Lunatic asylums Central Provinces reports 1895-1909 - 1895-1909
Year: 1895
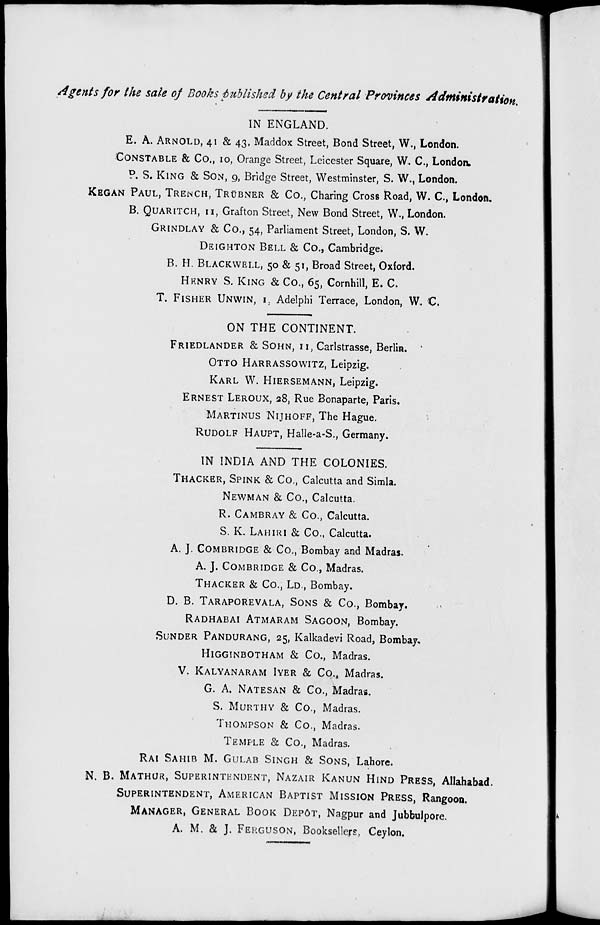
Agents for the sale of Books published by the Central Provinces Administration.
IN ENGLAND.
E. A. ARNOLD, 41 & 43, Maddox Street, Bond Street, W., London.
CONSTABLE & Co., 10, Orange Street, Leicester Square, W. C, London.
P. S. KING & SON, 9, Bridge Street, Westminster, S. W., London.
KEGAN PAUL, TRENCH, TRÜBNER & Co., Charing Cross Road, W. C, London.
B. QUARITCH, 11, Grafton Street, New Bond Street, W., London.
GRINDLAY & Co., 54, Parliament Street, London, S. W.
DEIGHTON BELL & Co., Cambridge.
B. H. BLACKWELL, 50 & 51, Broad Street, Oxford.
HENRY S. KING & Co., 65, Cornhill, E. C.
T. FISHER UNWIN, I. Adelphi Terrace, London, W. C.
ON THE CONTINENT.
FRIEDLANDER & SOHN, 11, Carlstrasse, Berlin.
OTTO HARRASSOWITZ, Leipzig.
KARL W. HIERSEMANN, Leipzig.
ERNEST LEROUX, 28, Rue Bonaparte, Paris.
MARTINUS NIJHOFF, The Hague.
RUDOLF HAUPT, Halle-a-S., Germany.
IN INDIA AND THE COLONIES.
THACKER, SPINK & Co., Calcutta and Simla.
NEWMAN & Co., Calcutta.
R. CAMBRAY & Co., Calcutta.
S. K. LAHIRI & Co., Calcutta.
A. J. COMBRIDGE & Co., Bombay and Madras.
A. J. COMBRIDGE & Co., Madras.
THACKER & Co., Ld., Bombay.
D. B. TARAPOREVALA, SONS & Co., Bombay.
RADHABAI ATMARAM SAGOON, Bombay.
SUNDER PANDURANG, 25, Kalkadevi Road, Bombay.
HIGGINBOTHAM & Co., Madras.
V. KALYANARAM IYER & Co., Madras.
G. A. NATESAN & Co., Madras.
S. MURTHY & Co., Madras.
THOMPSON & Co., Madras.
TEMPLE & Co., Madras.
RAI SAHIB M. GULAB SINGH & SONS, Lahore.
N. B. MATHUR, SUPERINTENDENT, NAZAIR KANUN HIND PRESS, Allahabad.
SUPERINTENDENT, AMERICAN BAPTIST MISSION PRESS, Rangoon.
MANAGER, GENERAL BOOK DEPÔT, Nagpur and Jubbulpore.
A. M. & J. FERGUSON, Booksellers, Ceylon.